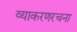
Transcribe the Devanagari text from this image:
व्याकरणरचना